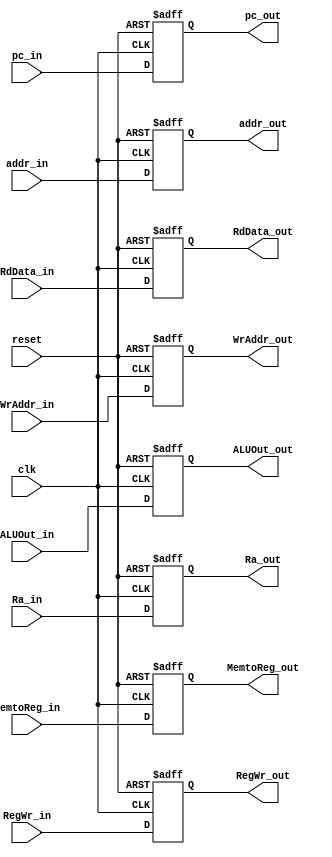
`timescale 1ns / 1ps
module MEM2WB(reset,clk,
	MemtoReg_in,MemtoReg_out,RegWr_in,RegWr_out,
	pc_in,pc_out,RdData_in,RdData_out,ALUOut_in,ALUOut_out,WrAddr_in,WrAddr_out,Ra_in,Ra_out,addr_in,addr_out);
input reset;
input clk;
input [1:0]MemtoReg_in;
input RegWr_in;
input [31:0]pc_in;
input [31:0]RdData_in;
input [31:0]ALUOut_in,Ra_in;
input [4:0]WrAddr_in;
input [1:0] addr_in;

output [1:0]MemtoReg_out;
output RegWr_out;
output [31:0]pc_out;
output [31:0]RdData_out;
output [31:0]ALUOut_out,Ra_out;
output [4:0]WrAddr_out;
output [1:0] addr_out;

reg [1:0]MemtoReg_out;
reg RegWr_out;
reg [31:0]pc_out;
reg [31:0]RdData_out;
reg [31:0]ALUOut_out,Ra_out;
reg [4:0]WrAddr_out;
reg [1:0] addr_out;

always @(posedge clk or posedge reset)
begin
	if(reset)
	begin
		MemtoReg_out<=0;
		RegWr_out<=0;
		pc_out<=32'h8000_0000;
		RdData_out<=0;
		ALUOut_out<=0;
		WrAddr_out<=0;
                Ra_out<=0;
                addr_out<=0;
	end
	else
	begin
		MemtoReg_out<=MemtoReg_in;
		RegWr_out<=RegWr_in;
		pc_out<=pc_in;
		RdData_out<=RdData_in;
		ALUOut_out<=ALUOut_in;
		WrAddr_out<=WrAddr_in;
                Ra_out<=Ra_in;
                addr_out<=addr_in;
	end
end
endmodule